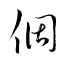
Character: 個